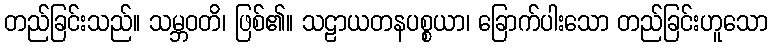
တည်ခြင်းသည်။ သမ္ဘဝတိ၊ ဖြစ်၏။ သဠာယတနပစ္စယာ၊ ခြောက်ပါးသော တည်ခြင်းဟူသော